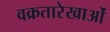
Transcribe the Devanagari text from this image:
वक्रतारेखाओं